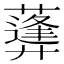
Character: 𦿪